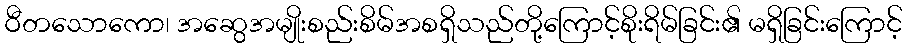
ဝီတသောကော၊ အဆွေအမျိုးစည်းစိမ်အစရှိသည်တို့ကြောင့်စိုးရိမ်ခြင်း၏ မရှိခြင်းကြောင့်